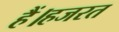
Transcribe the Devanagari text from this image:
हैं।हजरत